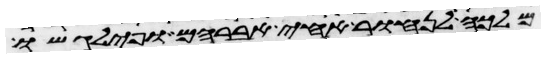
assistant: מלכה לנחור אחי אברהם ופילגשו